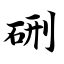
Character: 硎